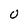
Character: 0